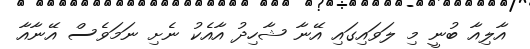
އާލިއާ ބުނީ މި ލަވައިގައި އޭނާ ޝާހިދު އާއެކު ނެށި ނަމަވެސް އޭނާއާ